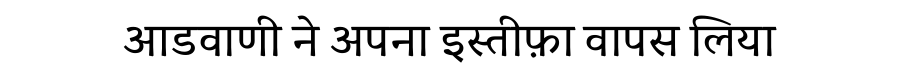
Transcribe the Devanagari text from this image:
आडवाणी ने अपना इस्तीफ़ा वापस लिया